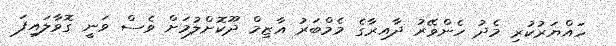
ހައްޔަރުކުރި މެދު ހެންވޭރު ދާއިރާގެ މެމްބަރު އާޒިމް ދޫކޮށްލުމަށް ވެސް ވަނީ ގޮވާލައިފަ